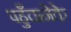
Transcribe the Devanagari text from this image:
पहुँचानेके